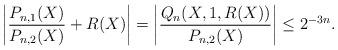
LaTeX: \begin{align*}\left|\frac{P_{n,1}(X)}{P_{n,2}(X)}+R(X)\right|=\left|\frac{Q_{n}(X,1,R(X))}{P_{n,2}(X)}\right|\le2^{-3n}.\end{align*}